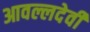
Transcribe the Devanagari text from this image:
आवल्लदेवी